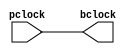
`timescale 1ns / 1ps
//////////////////////////////////////////////////////////////////////////////////
// Company: 
// Engineer: 
// 
// Design Name: 
// Module Name: CLK_BUFFER
// Project Name: 
// Target Devices: 
// Tool Versions: 
// Description: 
// 
// Dependencies: 
// 
// Revision:
// Revision 0.01 - File Created
// Additional Comments:
// 
//////////////////////////////////////////////////////////////////////////////////


module CLK_BUFFER(pclock,bclock);
input pclock;
output bclock;
buf b1(pclock,bclock);
endmodule